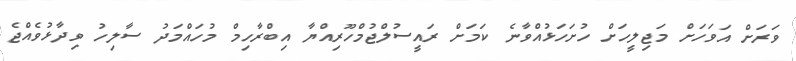
ވަރަށް އަވަހަށް މަޖިލީހަށް ހުށަހަޅުއްވާނެ ކަމަށް ރައީސުލްޖުމްހޫރިއްޔާ އިބްރާހިމް މުހައްމަދު ސާލިހު ވިދާޅުވެއްޖެ